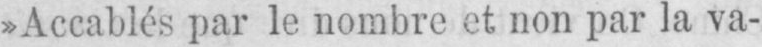
»Accablés par le nombre et non par la va-